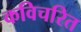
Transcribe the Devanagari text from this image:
कविचरित